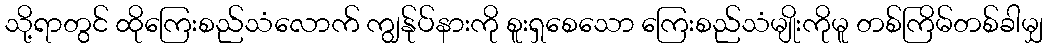
သို့ရာတွင် ထိုကြေးစည်သံလောက် ကျွန်ုပ်နားကို စူးရှစေသော ကြေးစည်သံမျိုးကိုမူ တစ်ကြိမ်တစ်ခါမျှ